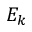
E _ { k }